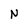
Character: N